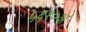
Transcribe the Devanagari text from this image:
५६१०अ